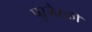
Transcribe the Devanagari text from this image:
पुरजैस्की